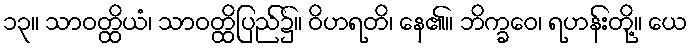
၁၃။ သာဝတ္ထိယံ၊ သာဝတ္ထိပြည်၌။ ဝိဟရတိ၊ နေ၏။ ဘိက္ခဝေ၊ ရဟန်းတို့။ ယေ